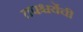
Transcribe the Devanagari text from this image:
तपश्चर्येची